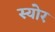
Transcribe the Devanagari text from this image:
स्योर